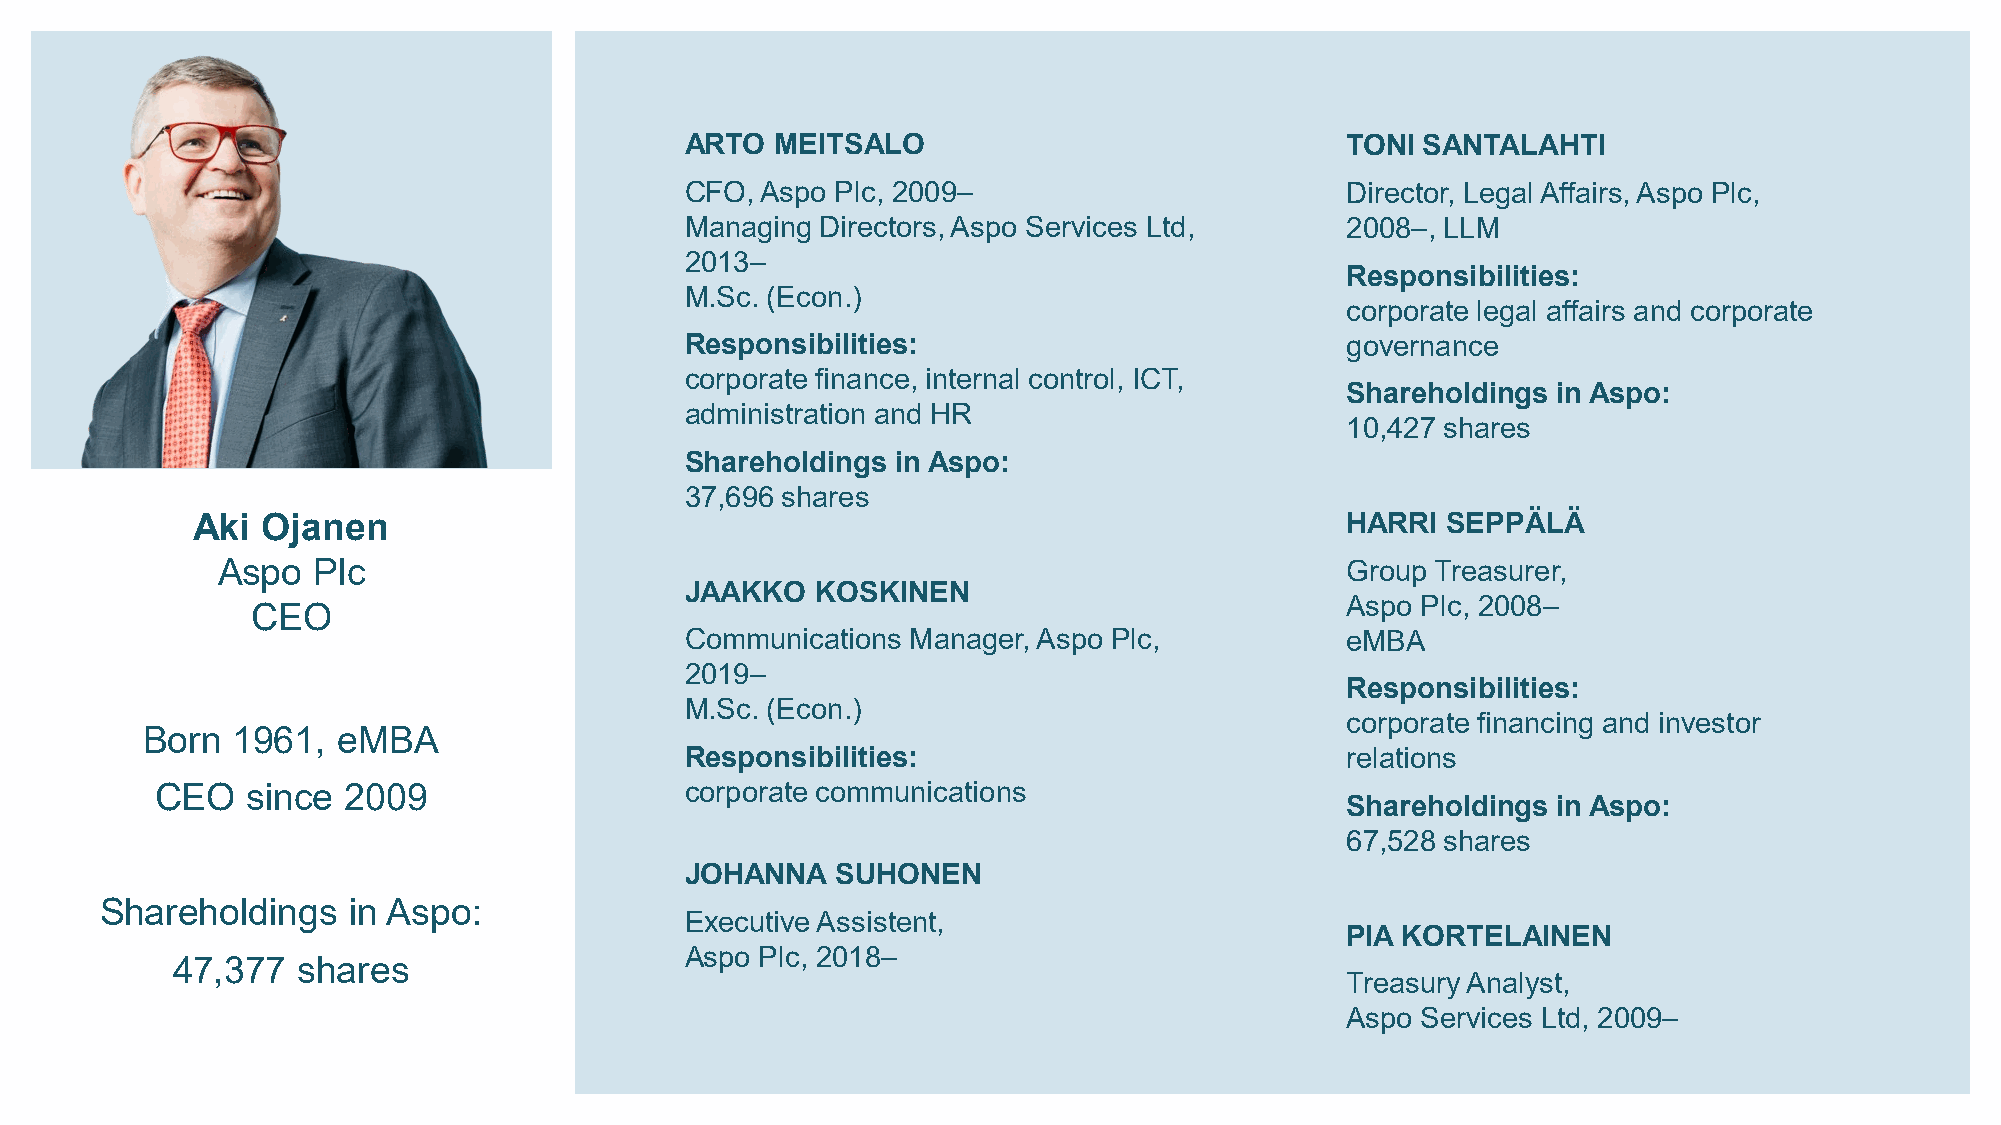
ARTO  MEITSALO                              TONI SANTALAHTI
 CFO, Aspo Plc, 2009–                        Director, Legal Affairs, Aspo Plc,
 Managing Directors, Aspo Services Ltd,      2008–, LLM
 2013–
 Responsibilities:
 M.Sc. (Econ.)
 corporate legal affairs and corporate
 Responsibilities:                           governance
 corporate finance, internal control, ICT,
 Shareholdings in Aspo:
 administration and HR
 10,427 shares
 Shareholdings in Aspo:
 37,696 shares
 Aki Ojanen                                                                  HARRI  SEPPÄLÄ
 Aspo   Plc                                                                 Group Treasurer,
 JAAKKO   KOSKINEN
 Aspo Plc, 2008–
 CEO
 Communications Manager, Aspo Plc,           eMBA
 2019–
 Responsibilities:
 M.Sc. (Econ.)
 corporate financing and investor
 Born  1961,  eMBA
 Responsibilities:                           relations
 CEO   since  2009                  corporate communications
 Shareholdings in Aspo:
 67,528 shares
 JOHANNA   SUHONEN
 Shareholdings   in Aspo:
 Executive Assistent,
 PIA KORTELAINEN
 Aspo Plc, 2018–
 47,377   shares
 Treasury Analyst,
 Aspo Services Ltd, 2009–